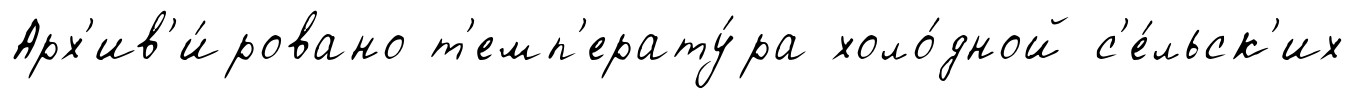
Арх'ив'и́ровано т'емп'ерату́ра холо́дной с'е́льск'их